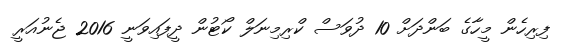
ފިރިހެން މީހާގެ ބަންދަށް 10 ދުވަސް ކްރިމިނަލް ކޯޓުން ދީފައިވަނީ 2016 ޖެނުއަރީ